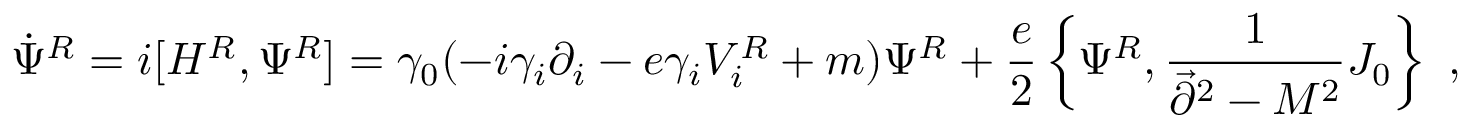
\dot { \Psi } ^ { R } = i [ H ^ { R } , \Psi ^ { R } ] = \gamma _ { 0 } ( - i \gamma _ { i } \partial _ { i } - e \gamma _ { i } V _ { i } ^ { R } + m ) \Psi ^ { R } + { \frac { e } { 2 } } \left\{ \Psi ^ { R } , { \frac { 1 } { \vec { \partial } ^ { 2 } - M ^ { 2 } } } J _ { 0 } \right\} ~ ,